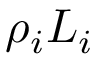
\rho _ { i } L _ { i }